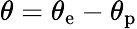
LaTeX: \theta=\theta_{\mathrm{e}}-\theta_{\mathrm{p}}